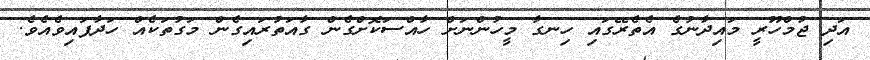
އަދި ޖުމްހޫރީ މައިދާނުގެ އެތެރޭގައި ހިނގާ މީހުންނަށް ހާއްސަކޮށްގެން ގާއަތުރައިގެން މަގުތަކެއް ހަދާފައިވެއެވެ.